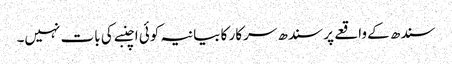
سندھ کے واقعے پر سندھ سرکار کا بیانیہ کوئی اچنبے کی بات نہیں۔